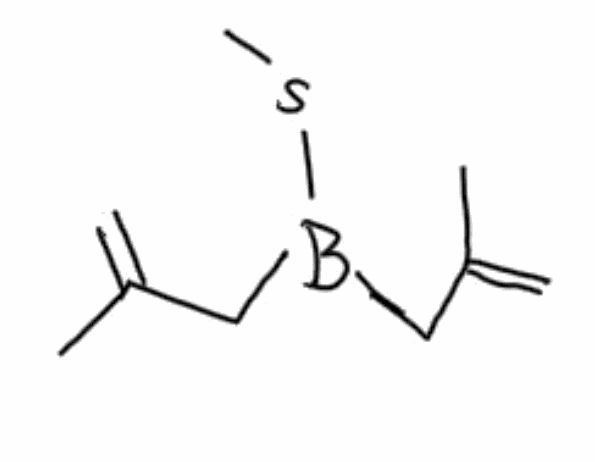
Simplified molecular-input line-entry system (SMILES) notation of the given molecule:
C(C(SCl)Cl)(SCl)Cl